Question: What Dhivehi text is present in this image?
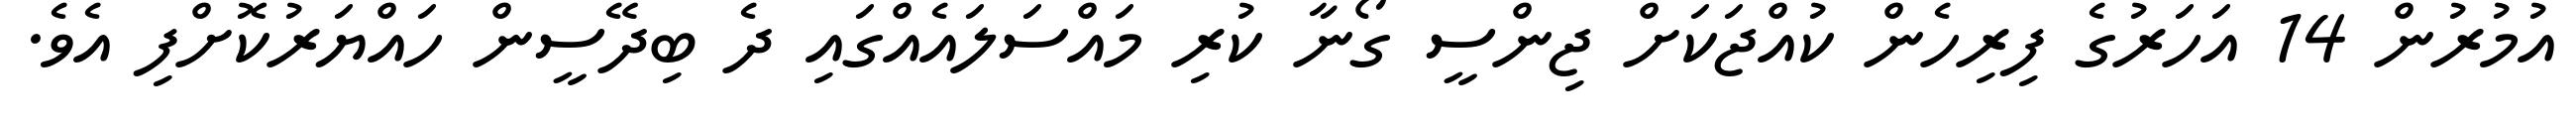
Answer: އުމުރުން 14 އަހަރުގެ ފިރިހެން ކުއްޖަކަށް ޖިންސީ ގޯނާ ކުރި މައްސަލައެއްގައި ދެ ބިދޭސީން ހައްޔަރުކޮށްފި އެވެ.